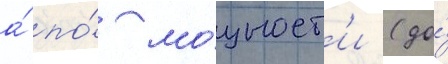
а́ по́ мо́щност'и (до́